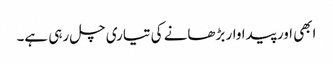
ابھی اور پیداوار بڑھانے کی تیاری چل رہی ہے۔